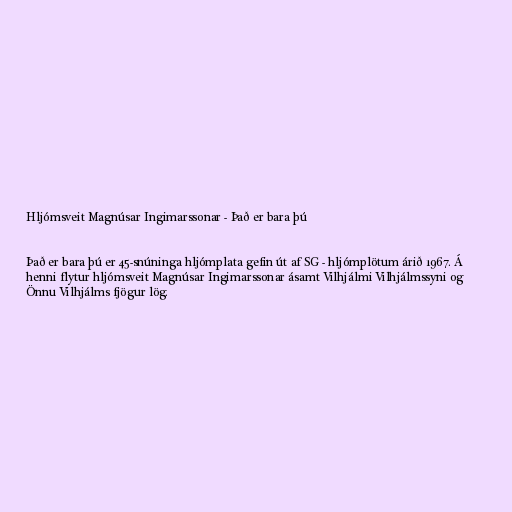
Hljómsveit Magnúsar Ingimarssonar - Það er bara þú

Það er bara þú er 45-snúninga hljómplata gefin út af SG - hljómplötum árið 1967. Á
henni flytur hljómsveit Magnúsar Ingimarssonar ásamt Vilhjálmi Vilhjálmssyni og
Önnu Vilhjálms fjögur lög.